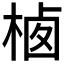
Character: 𰗲